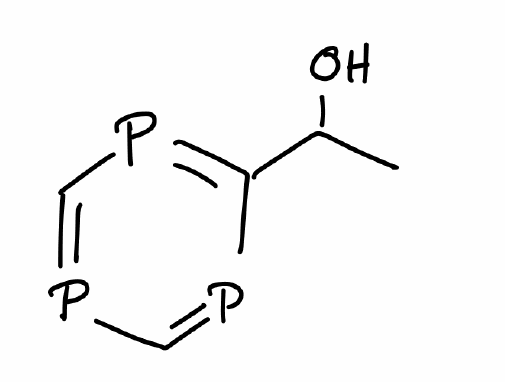
Simplified molecular-input line-entry system (SMILES) notation of the given molecule:
CC(C1=PC=PC=P1)O